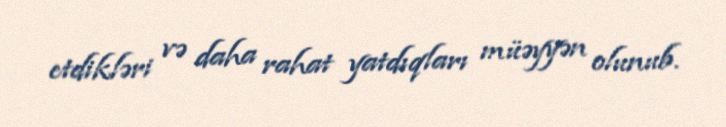
etdikləri və daha rahat yatdıqları müəyyən olunub.